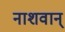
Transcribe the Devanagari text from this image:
नाशवान्‌